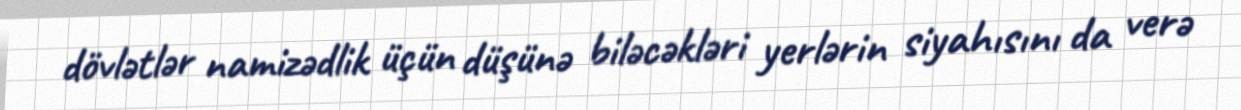
dövlətlər namizədlik üçün düşünə biləcəkləri yerlərin siyahısını da verə